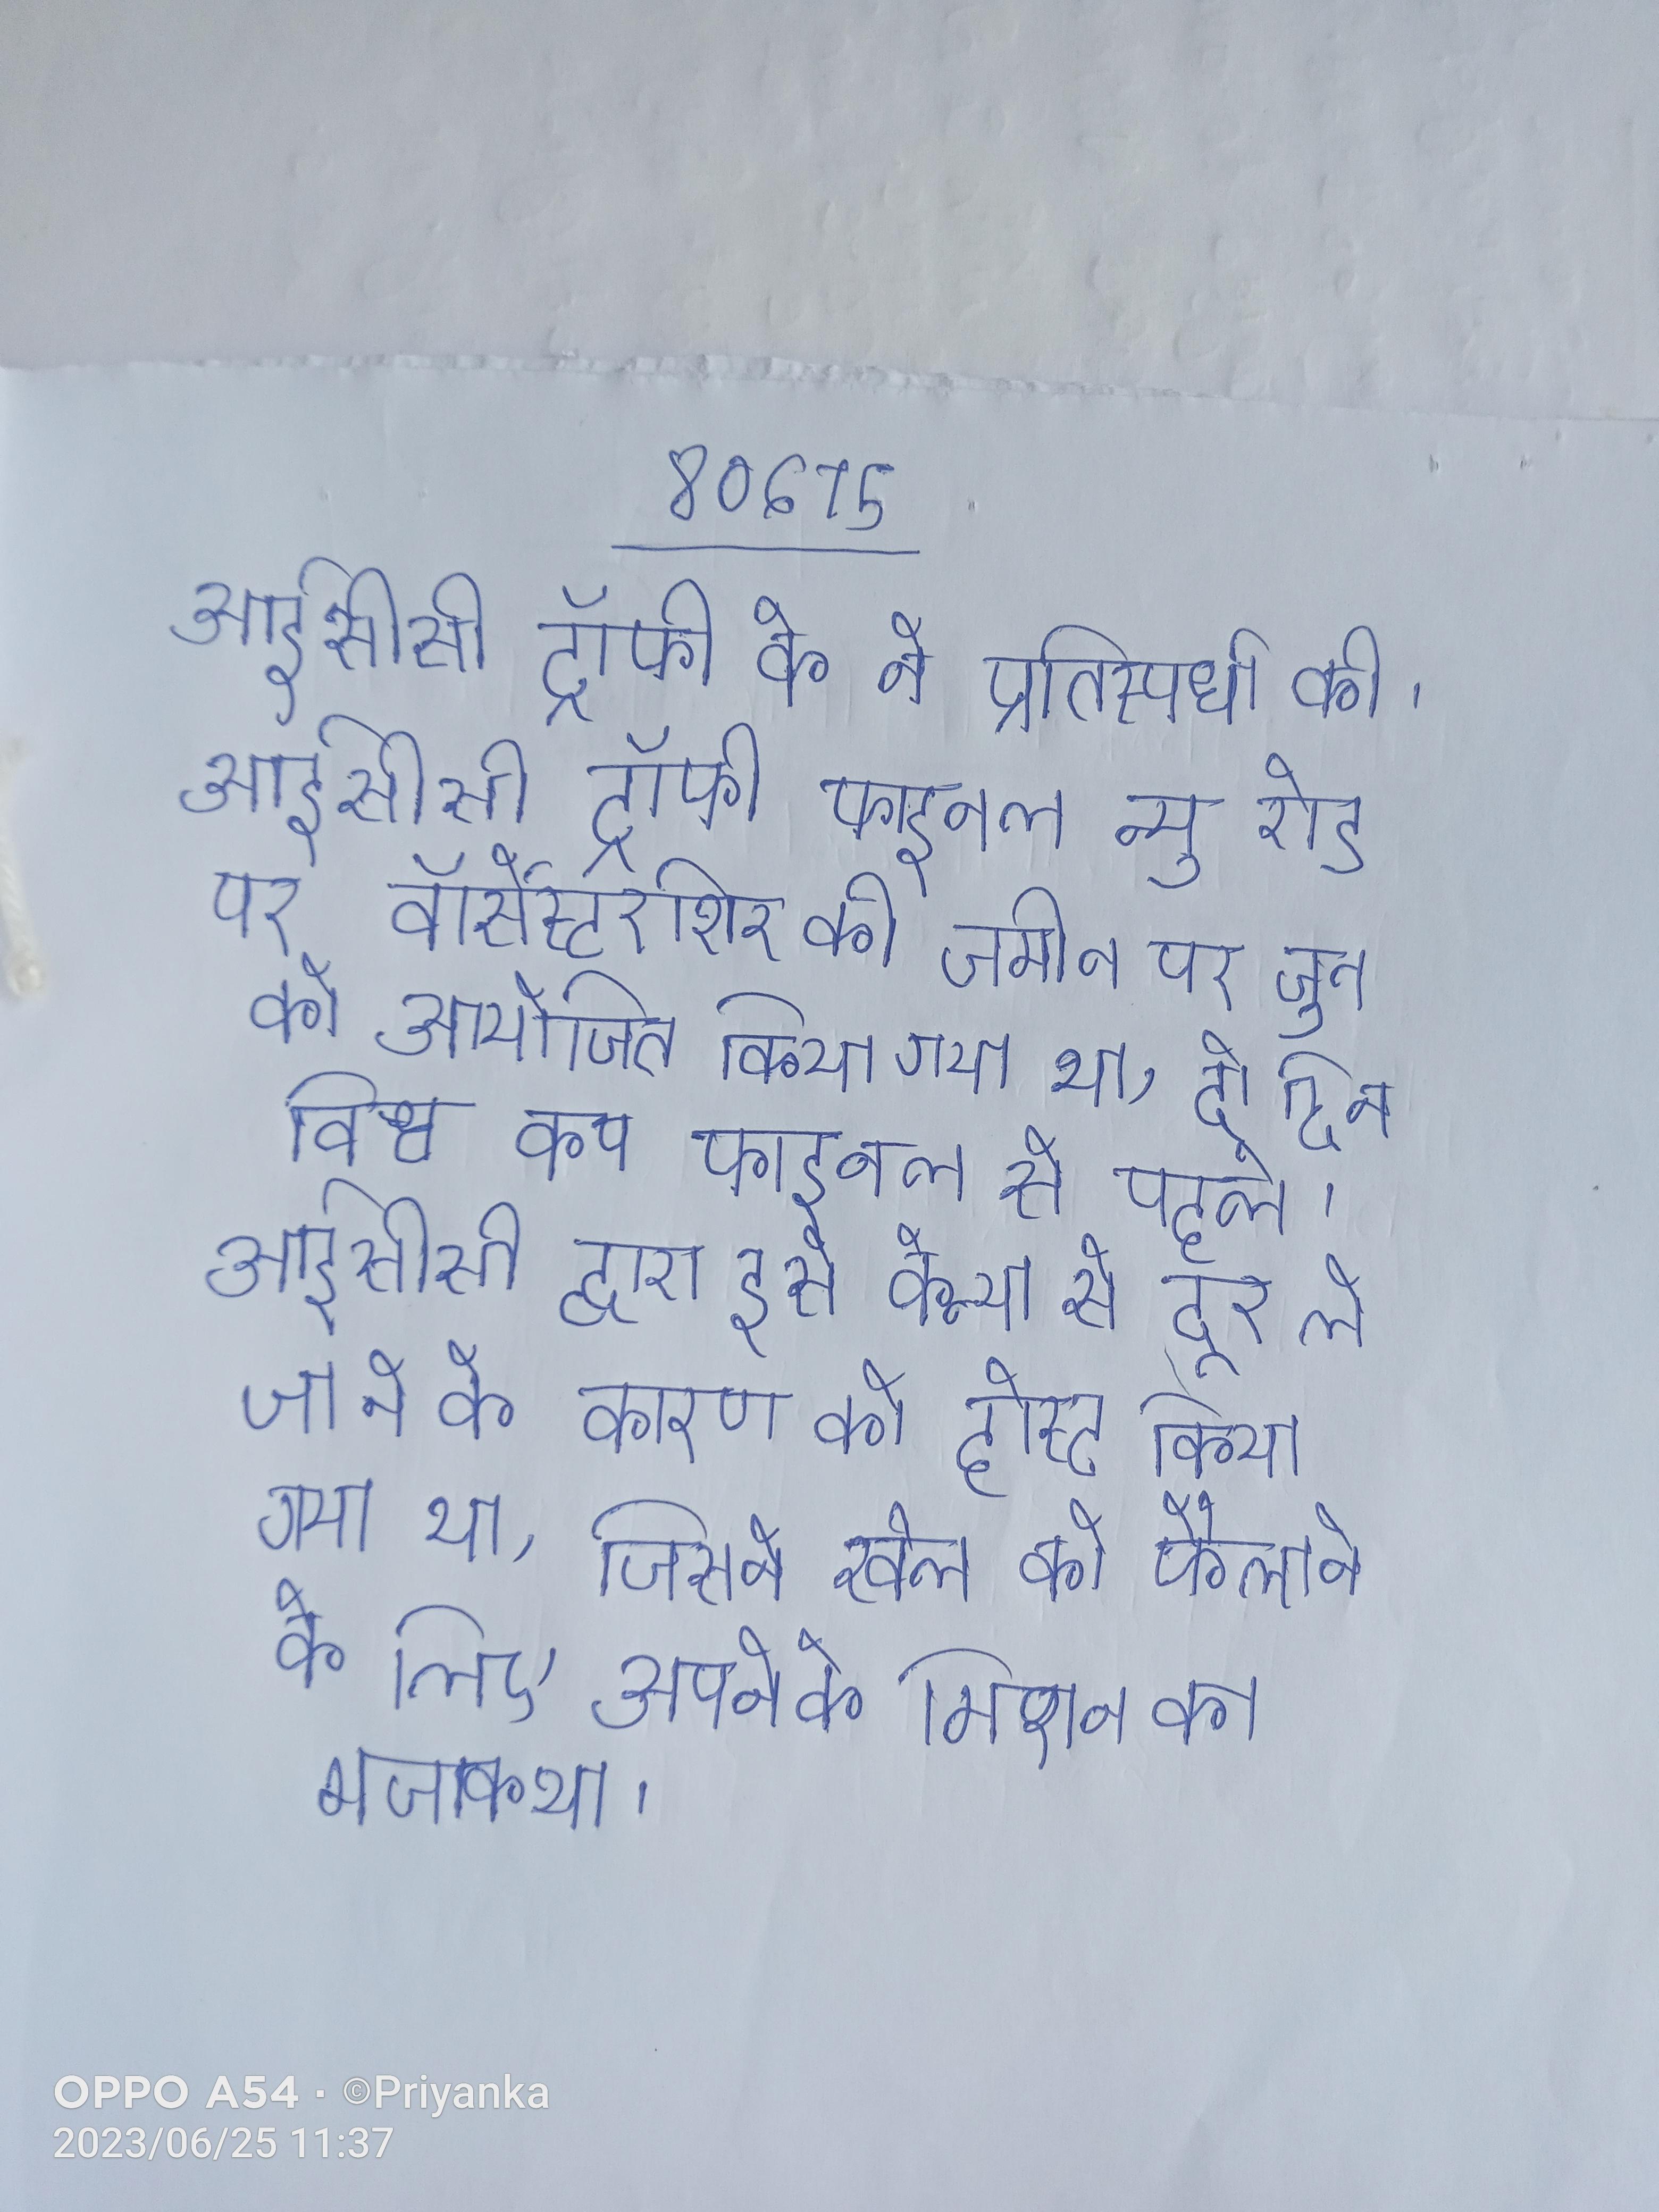
आईसीसी ट्रॉफी के ने प्रतिस्पर्धा की । आईसीसी ट्रॉफी फाइनल न्यू रोड पर वॉर्सेस्टरशिर की जमीन पर जून को आयोजित किया गया था, दो दिन विश्व कप फाइनल से पहले । आईसीसी द्वारा इसे केन्या से दूर ले जाने के कारण को होस्ट किया गया था, जिसने खेल को फैलाने के लिए अपने के मिशन का मजाक था ।